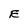
Character: E